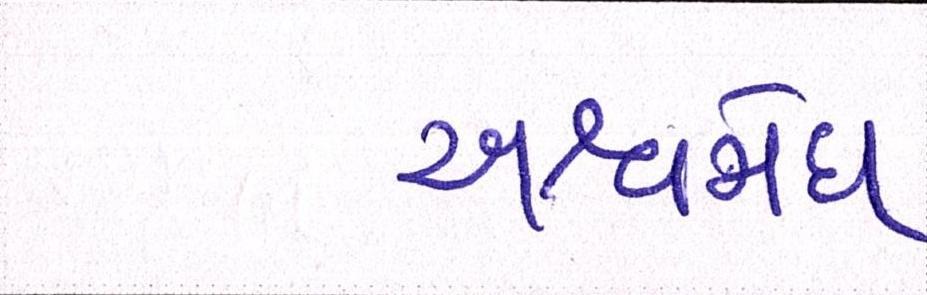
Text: અશ્વમેઘ